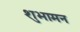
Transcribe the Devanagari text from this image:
शुभामन